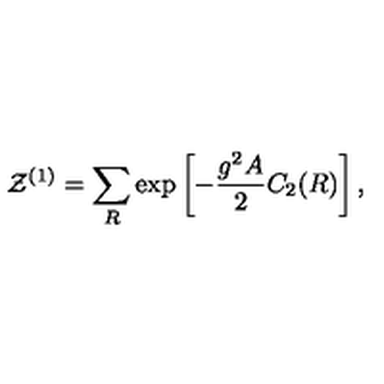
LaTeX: { \cal Z } ^ { ( 1 ) } = \sum _ { R } \exp \left[ - { \frac { g ^ { 2 } A } { 2 } } C _ { 2 } ( R ) \right] ,